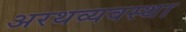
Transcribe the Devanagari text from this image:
अरथव्यवस्था